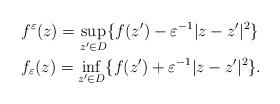
LaTeX: \begin{align*}&f^\varepsilon(z)=\sup_{z'\in D}\{f(z')-\varepsilon^{-1}|z-z'|^2\}\quad\\&f_\varepsilon(z)=\inf_{z'\in D}\{f(z')+\varepsilon^{-1}|z-z'|^2\}.\end{align*}